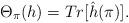
LaTeX: \begin{align*}\Theta_{\pi}(h)= Tr[\hat{h}(\pi)].\end{align*}